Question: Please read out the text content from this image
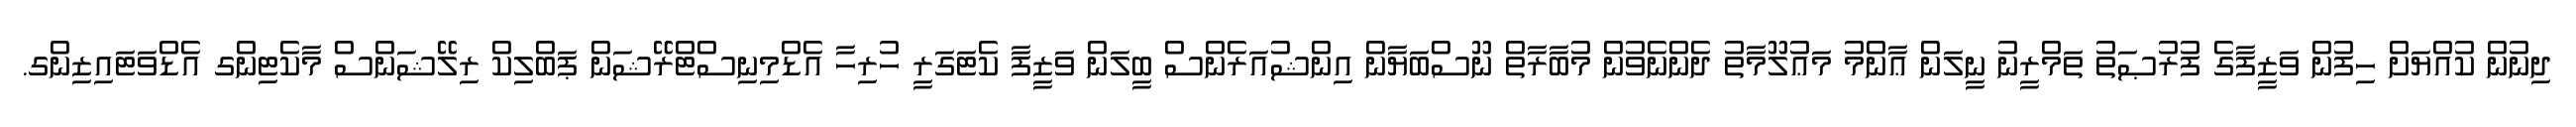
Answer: ދިނުން ކުއްޔަށް ހިފުން ވަޒީފާގެ ފުރުޞަތު ތަމްރީނު ނީލަން ޢާންމު މަޢުލޫމާތު ދެންނެވުން މުބާރާތް ނޫސްބަޔާން އިންޝުއަރެންސް ބީލަން ވަޒީފާ ކެޓަގަރީ ހުރިހާ އެޑްމިނިސްޓްރޭޝަން ޕަބްލިކް ރިލޭޝަންސް މާކެޓިންގ އެޑްވަޓައިޒިންގ.